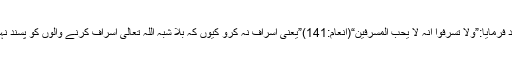
“اور ارشاد فرمایا:”ولا تسرفوا اِنہ لا یحب المسرفین“(انعام:141)”یعنی اسراف نہ کرو کیوں کہ بلا شبہ اللہ تعالی اسراف کرنے والوں کو پسند نہیں فرماتا۔